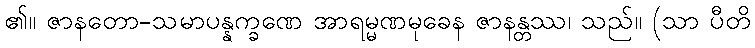
၏။ ဇာနတော-သမာပန္နက္ခဏေ အာရမ္မဏမုခေန ဇာနန္တဿ၊ သည်။ (သာ ပီတိ